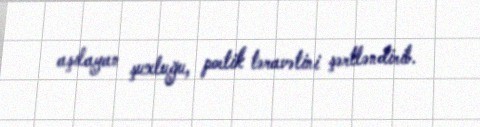
aşılayan şuxluğu, poetik təravətini şərtləndirib.